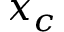
x _ { c }